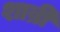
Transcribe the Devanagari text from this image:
शाब्री